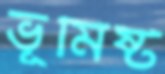
ভূমিষ্ট